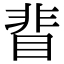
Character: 𥇖